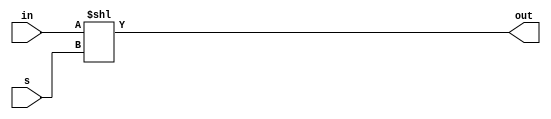
module shifter(in, s, out);
	input [15:0] in;
	input [15:0] s;
	output reg [15:0] out;
	
	always@(*) 
		out <= in << s;
	
endmodule